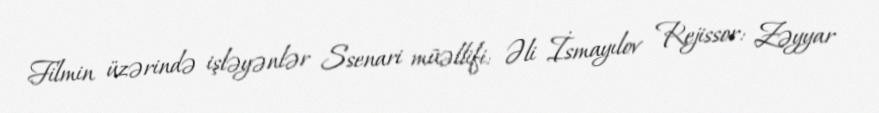
Filmin üzərində işləyənlər Ssenari müəllifi: Əli İsmayılov Rejissor: Zəyyar